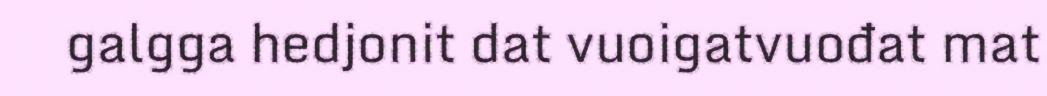
galgga hedjonit dat vuoigatvuođat mat